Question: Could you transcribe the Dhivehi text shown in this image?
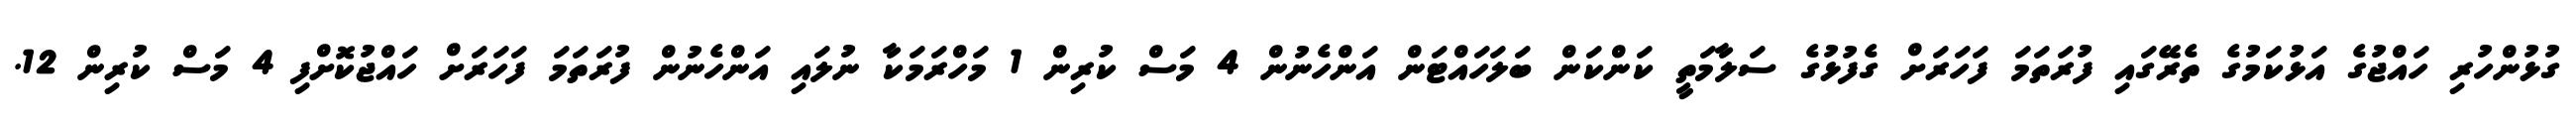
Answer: ގުޅުންހުރި ހައްޖުގެ އަޅުކަމުގެ ތެރޭގައި ފުރަތަމަ ފަހަރަށް ގެފުޅުގެ ސަލާމަތީ ކަންކަން ބަލަހައްޓަން އަންހެނުން 4 މަސް ކުރިން 1 މަހްރަމަކާ ނުލައި އަންހެނުން ފުރަތަމަ ފަހަރަށް ހައްޖުކޮށްފި 4 މަސް ކުރިން 12.